Veterinary regulations India, 1939 -
Year: 1939
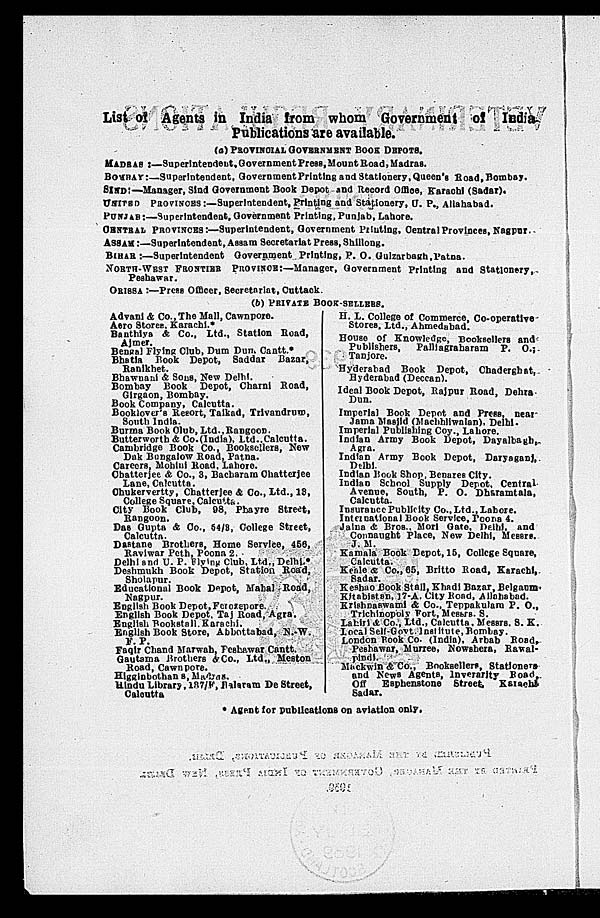
List of Agents in India from whom Government of India
Publications are available.
(a) PROVINCIAL GOVERNMENT BOOK DEPOTS.
MADRAS :—Superintendent, Government Press, Mount Road, Madras.
BOMBAY:—Superintendent, Government Printing and Stationery, Queen's Road, Bombay.
SIND :—Manager, Sind Government Book Depot and Record Office, Karachi (Sadar),
UNITED PROVINCES:—Superintendent, Printing and Stationery, U. P., Allahabad.
PUNJAB:—Superintendent, Government Printing, Punjab, Lahore.
CHNTRAL PROVINCES:—Superintendent, Government Printing, Central Provinces, Nagpur.
ASSAM:—Superintendent, Assam Secretariat Press, Shillong.
BIHAR :—Superintendent Government Printing, P. O. Gulzarbagh, Patna.
NORTH-WEST FRONTIER PROVINCE:—Manager, Government Printing and Stationery,
Peshawar.
ORISSA :—Press Officer, Secretariat, Cuttack.
(b) PRIVATE BOOK-SELLERS.
Advani & Co., The Mall, Cawnpore.
Aero Storee. Karachi.*
Banthiya & Co., Ltd., Station Road,
Ajmer.
Bengal Flying Club, Dum Dum. Cantt.*
Bhatla Book Depot, Saddar Bazar,
Ranikhet.
Bhawnani & Sons, New Delhi.
Bombay Book Depot, Charni Road,
Girgaon, Bombay.
Book Company, Calcutta.
Booklover's Resort, Talkad, Trivandrum,
South India.
Burma Book Club, Ltd., Rangoon.
Butterworth & Co. (India), Ltd., Calcutta.
Cambridge Book Co., Booksellers, New
Dak Bungalow Road, Patna.
Careers, Mohini Road. Lahore.
Chatterjee & Co., 3, Bacharam Chatterjee
Lane, Calcutta.
Chukervertty, Chatterjee & Co., Ltd., 13,
College Square, Calcutta.
City Book Club, 98, Phayre Street,
Rangoon.
Das Gupta & Co., 54/8, College Street,
Calcutta.
Dastane Brothers, Home Service, 456,
Raviwar Peth, Poona 2.
Delhi and U. P. Flying Club, Ltd., Delhi.*
Deshmukh Book Depot, Station Road,
Sholapur.
Educational Book Depot, Mahal Road,
Nagpur.
English Book Depot, Fetozepore
English Book Depot, Taj Road, Agra.
English Bookstall. Karachi.
English Book Store, Abbottabad, N.-W.
F. P.
Faqir Chand Marwah, Feshawar Cantt.
Gautama Brothers &Co., Ltd., Meston
Road, Cawnpore.
Higginbothans, Madras.
Hindu Library, 137/F, laram De Street,
Calcutta
H. L. College of Commerce, Co-operative
Stores, Ltd., Ahmedabad.
House of Knowledge, Booksellers and
Publishers,
Palliagraharam P. O.;
Tanjore.
Hyderabad Book Depot, Chaderghat,
Hyderabad (Deccan).
Ideal Book Depot, Rajpur Road, Dehra
Dun.
Imperial Book Depot and Press, near
Jama Masjid (Machhliwnlan). Delhi.
Imperial Publishing Coy., Lahore.
Indian Army Book Depot, Dayalbagh,
Agra.
Indian Army Book Depot, Daryaganj,
Delhi.
Indian Book Shop, Benares City.
Indian School Supply Depot, Central
Avenue, South, P. O. Dharamtala,
Calcutta.
Insurance Publicity Co., Ltd., Lahore.
International Book Service, Poona 4.
Jaina & Bros., Mori Gate, Delhi, and
Connaught Place, New Delhi, Messrs.
J. M.
Kamala Book Depot, 15, College Square,
Calcutta.
Keale & CO., 65, Britto Road, Karachi,
Sadar.
Keshao Book Stall, Khadi Bazar, Belgaum-
Kitabistan, 17-A. City Road, Allahabad.
Krishnaswami & Co., Teppakulam P. O.,
Trichinopoly Fort, Messrs. S.
Labiri & Co., Ltd., Calcutta, Messrs. S. K.
Local Self-Govt. Institute, Bombay.
London Book Co. (India), Arbab Road,
Peshawar, Murree, Nowshera, Rawal-
pindi.
Mackwin & Co., Booksellers, Stationers
and News Agents, Inverarity Road,
Off Esphenatone Street,
Karachi
Sadar.
* Agent for publications on aviation only.